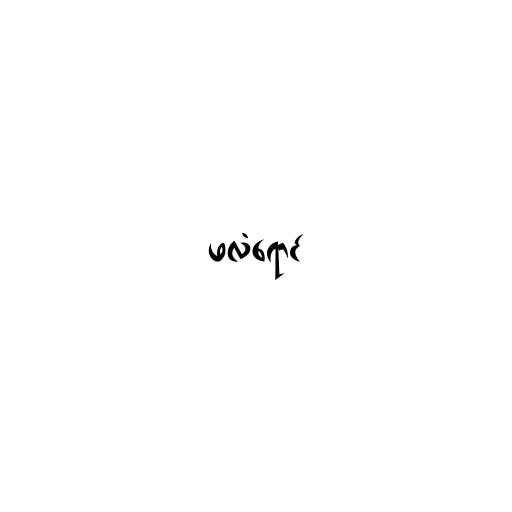
ဖလံရောင်